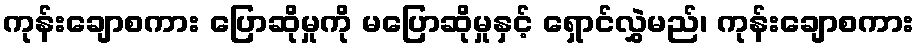
ကုန်းချောစကား ပြောဆိုမှုကို မပြောဆိုမှုနှင့် ရှောင်လွှဲမည်၊ ကုန်းချောစကား